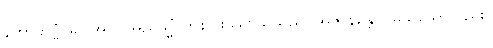
နကာတဗ္ဗံ၊ မပြုအပ်။ အညသ္မိံ၊ တစ်ပါးသောသူသည်။ အဇာနန္တေပိ၊ မသိသော်လည်း။